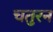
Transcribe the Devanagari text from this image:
चतुरन